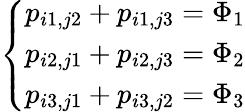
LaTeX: \left\{ \begin{array}{ll}{p_{i1,j2}+p_{i1,j3}=\Phi_{1}}\\ {p_{i2,j1}+p_{i2,j3}=\Phi_{2}}\\ {p_{i3,j1}+p_{i3,j2}=\Phi_{3}}\end{array}\right.